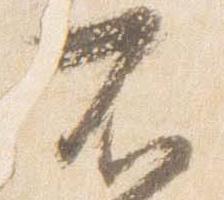
不